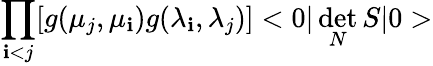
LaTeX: \prod_{\mathbf{i}<j}[g(\mu_{j},\mu_{\mathbf{i}})g(\lambda_{\mathbf{i}},\lambda_{j})]<0|\operatorname*{det}_{N}S|0>